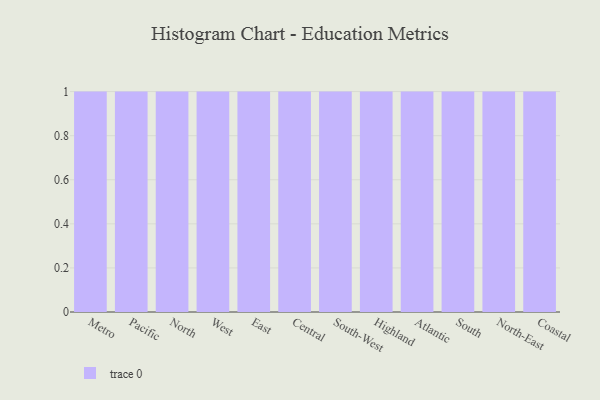
{"axis": {"x": "Region", "y": "Population (Million)"}, "legend": [""], "data": [{"x": "Metro", "y": 22, "type": ""}, {"x": "Pacific", "y": 67, "type": ""}, {"x": "North", "y": 87, "type": ""}, {"x": "West", "y": 78, "type": ""}, {"x": "East", "y": 76, "type": ""}, {"x": "Central", "y": 20, "type": ""}, {"x": "South-West", "y": 91, "type": ""}, {"x": "Highland", "y": 55, "type": ""}, {"x": "Atlantic", "y": 53, "type": ""}, {"x": "South", "y": 81, "type": ""}, {"x": "North-East", "y": 33, "type": ""}, {"x": "Coastal", "y": 97, "type": ""}]}